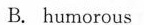
B. humorous